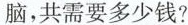
脑，共需要多少钱?